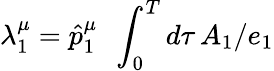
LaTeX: \lambda_{1}^{\mu}=\hat{p}_{1}^{\mu}\ \ \int_{0}^{T}d\tau\, A_{1}/e_{1}